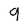
Character: 9